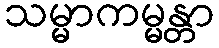
သမ္မာကမ္မန္တာ